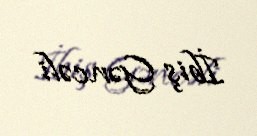
İbiş Gəncəli